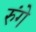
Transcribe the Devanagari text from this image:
रुंगे